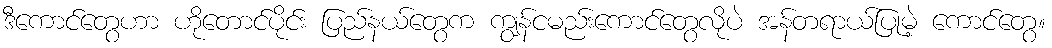
ဒီကောင်တွေဟာ ဟိုတောင်ပိုင်း ပြည်နယ်တွေက ကျွန်ငမည်းကောင်တွေလိုပဲ အန်တရာယ်ပြုမဲ့ ကောင်တွေ။